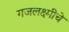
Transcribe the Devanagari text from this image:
गजलक्ष्मीचे